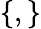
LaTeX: \{ {},{}\}